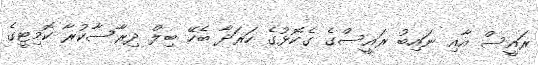
ރައީސް އާއި ނައިބު ރައީސްގެ ގެކޮޅުގެ ހަރަދާ ބެހޭ ބިލް ދިރާސާކުރާ ކޮމިޓީގެ